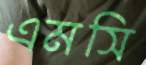
এমসি